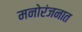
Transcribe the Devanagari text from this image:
मनोरंजनात